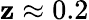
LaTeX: \mathbf{z}\approx0.2